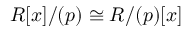
R [ x ] / ( p ) \cong R / ( p ) [ x ]